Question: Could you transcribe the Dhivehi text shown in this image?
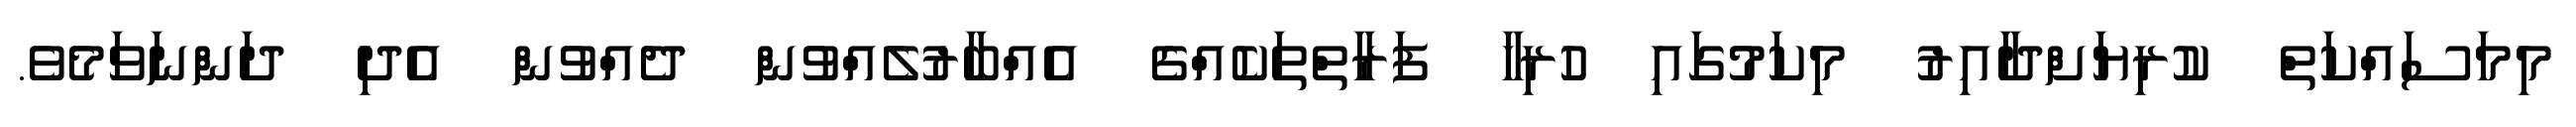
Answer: މިމަސައްކަތް ކުރިޔަށްދާއިރު މިކަމުގައި ހުރިހާ ފަރާތްތަކެއްގެ އެއްބާރުލެއްވުން ދެއްވުން އެދި ދަންނަވަމެވެ.